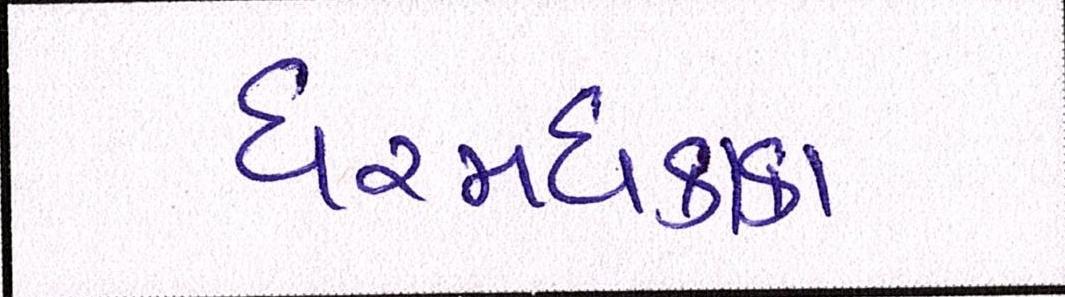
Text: ધરમધકકા